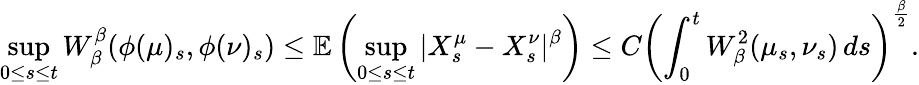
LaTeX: \operatorname*{sup}_{0\leq s\leq t}W_{\beta}^{\beta}(\phi(\mu)_{s},\phi(\nu)_{s})\leq\mathbb{E}\left(\operatorname*{sup}_{0\leq s\leq t}|X_{s}^{\mu}-X_{s}^{\nu}|^{\beta}\right)\leq C\left(\int_{0}^{t}W_{\beta}^{2}(\mu_{s},\nu_{s})\, ds\right)^{\frac{\beta}{2}}.